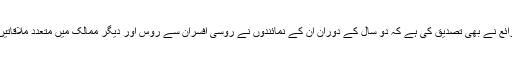
طالبان ذرائع نے بھی تصدیق کی ہے کہ دو سال کے دوران ان کے نمائندوں نے روسی افسران سے روس اور دیگر ممالک میں متعدد ملاقاتیں کی ہیں۔